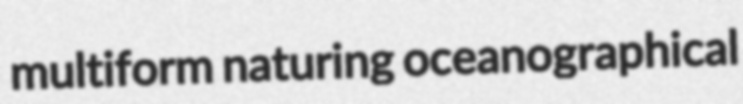
multiform naturing oceanographical